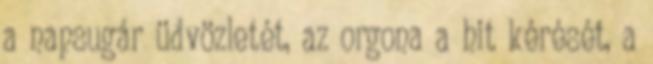
a napsugár üdvözletét, az orgona a hit kérését, a